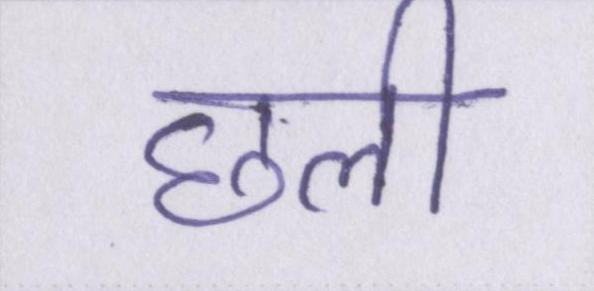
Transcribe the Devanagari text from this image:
छली